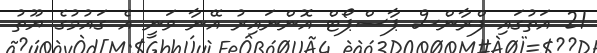
21 އަތުގައި ފްރާންސް ޕާސްޕޯޓް އޮންނައިރު އޭނާ ވަނީ އެ ގައުމުގެ ޔޫތު